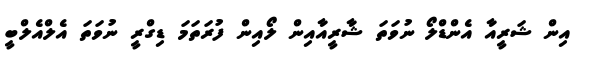
އިން ޝަރީއާ އެންޑްލޯ ނުވަތަ ޝާރީއާއިން ލޯއިން ފުރަތަމަ ޑިގްރީ ނުވަތަ އެލްއެލްބީ